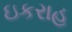
ઇકરાહ